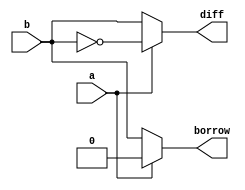
`timescale 1ns / 1ps
//////////////////////////////////////////////////////////////////////////////////
// Company: 
// Engineer: 
// 
// Design Name: 
// Module Name: half_sub_mux
// Project Name: 
// Target Devices: 
// Tool Versions: 
// Description: 
// 
// Dependencies: 
// 
// Revision:
// Revision 0.01 - File Created
// Additional Comments:
// 
//////////////////////////////////////////////////////////////////////////////////


module half_sub_mux(

input a,
input b,
output diff,
output borrow
    );
    
 assign diff = a ? ~b: b;
 assign borrow = a ? 0 : b;   
endmodule